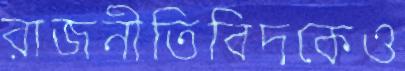
রাজনীতিবিদকেও